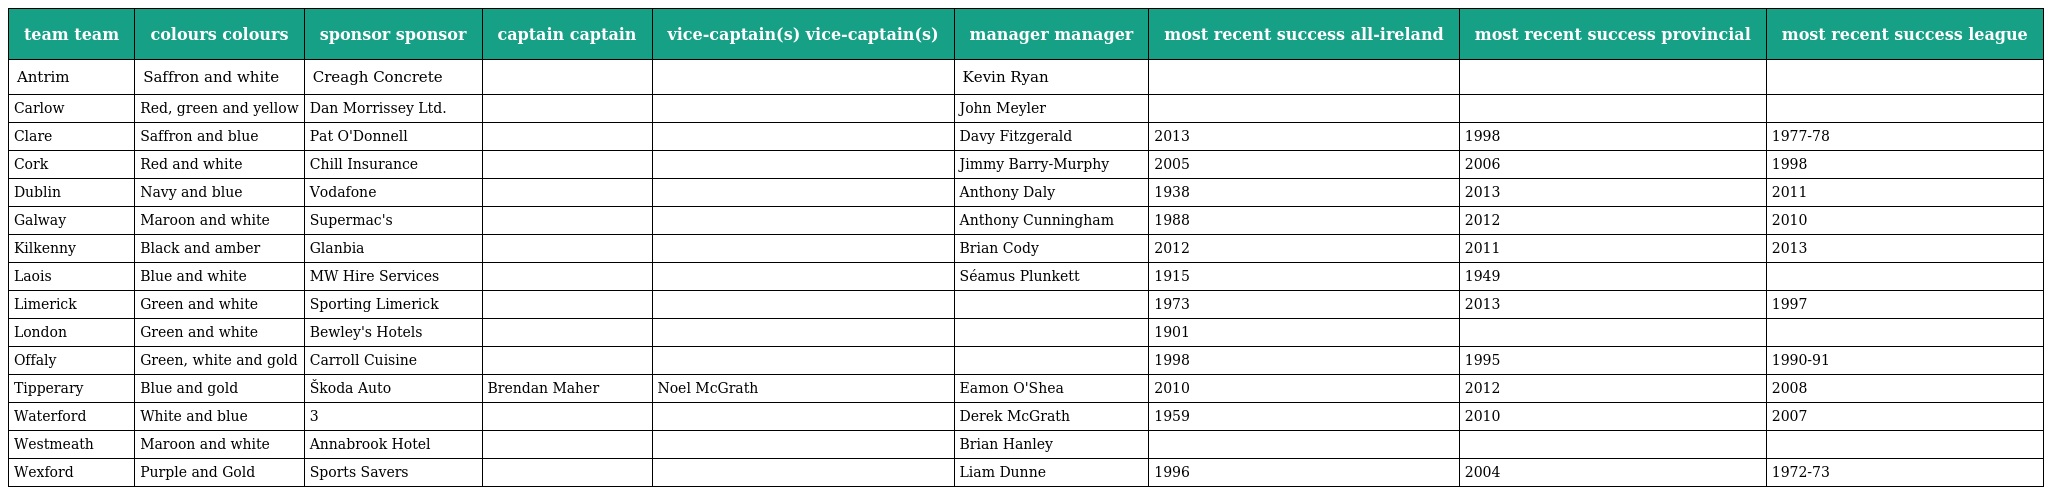
| team team | colours colours | sponsor sponsor | captain captain | vice-captain(s) vice-captain(s) | manager manager | most recent success all-ireland | most recent success provincial | most recent success league |
 | --- | --- | --- | --- | --- | --- | --- | --- | --- |
 | Antrim | Saffron and white | Creagh Concrete |  |  | Kevin Ryan |  |  |  |
 | Carlow | Red, green and yellow | Dan Morrissey Ltd. |  |  | John Meyler |  |  |  |
 | Clare | Saffron and blue | Pat O'Donnell |  |  | Davy Fitzgerald | 2013 | 1998 | 1977-78 |
 | Cork | Red and white | Chill Insurance |  |  | Jimmy Barry-Murphy | 2005 | 2006 | 1998 |
 | Dublin | Navy and blue | Vodafone |  |  | Anthony Daly | 1938 | 2013 | 2011 |
 | Galway | Maroon and white | Supermac's |  |  | Anthony Cunningham | 1988 | 2012 | 2010 |
 | Kilkenny | Black and amber | Glanbia |  |  | Brian Cody | 2012 | 2011 | 2013 |
 | Laois | Blue and white | MW Hire Services |  |  | Séamus Plunkett | 1915 | 1949 |  |
 | Limerick | Green and white | Sporting Limerick |  |  |  | 1973 | 2013 | 1997 |
 | London | Green and white | Bewley's Hotels |  |  |  | 1901 |  |  |
 | Offaly | Green, white and gold | Carroll Cuisine |  |  |  | 1998 | 1995 | 1990-91 |
 | Tipperary | Blue and gold | Škoda Auto | Brendan Maher | Noel McGrath | Eamon O'Shea | 2010 | 2012 | 2008 |
 | Waterford | White and blue | 3 |  |  | Derek McGrath | 1959 | 2010 | 2007 |
 | Westmeath | Maroon and white | Annabrook Hotel |  |  | Brian Hanley |  |  |  |
 | Wexford | Purple and Gold | Sports Savers |  |  | Liam Dunne | 1996 | 2004 | 1972-73 |